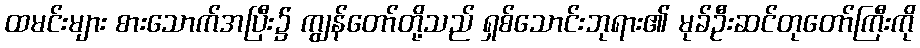
ထမင်းများ စားသောက်အပြီး၌ ကျွန်တော်တို့သည် ရှစ်သောင်းဘုရား၏ မုခ်ဦးဆင်တုတော်ကြီးကို